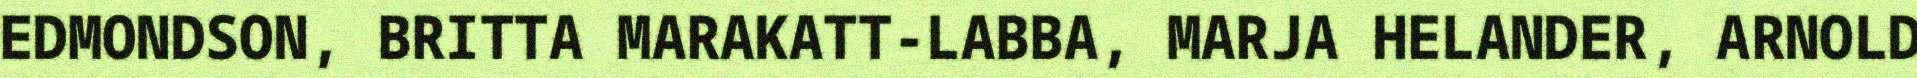
EDMONDSON, BRITTA MARAKATT-LABBA, MARJA HELANDER, ARNOLD